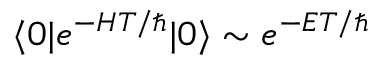
\langle 0 | e ^ { - H T / \hbar } | 0 \rangle \sim e ^ { - E T / \hbar }